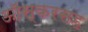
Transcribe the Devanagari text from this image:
ऑस्करसह